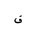
Letter: _qaf